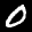
Label: 0